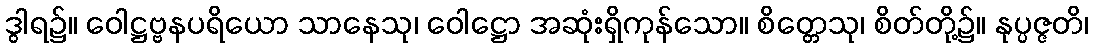
ဒွါရ၌။ ဝေါဋ္ဌဗ္ဗနပရိယော သာနေသု၊ ဝေါဋ္ဌော အဆုံးရှိကုန်သော။ စိတ္တေသု၊ စိတ်တို့၌။ နုပ္ပဇ္ဇတိ၊